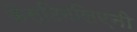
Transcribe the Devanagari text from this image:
कैस्टिगलिएनी